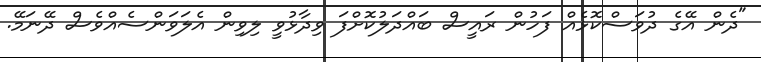
"ދެން އޭގެ ދުވަސްކޮޅެއް ފަހުން ރައީސް ބައްދަލުކޮށްފަ ވިދާޅުވީ ލިވިން އެލަވަންސެއްވެސް ދޭނަމޭ.